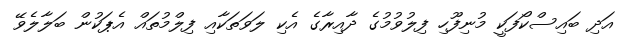
އަދި ބައިސްކޯފަކީ މުނިފޫހި ފިލުވުމުގެ ދާއިރާގެ އެކި ލަވަތަކާއި ފިލްމުތައް އެޕަކުން ބަލާލެވޭ